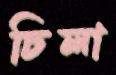
চিলা